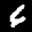
Label: 6